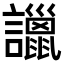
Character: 𧭞